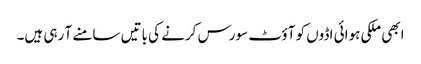
ابھی ملکی ہوائی اڈوں کو آؤٹ سورس کرنے کی باتیں سامنے آ رہی ہیں۔